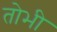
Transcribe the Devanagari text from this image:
तोभी